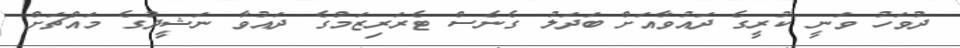
ދުވަހު ވަނީ ކުރީގެ ދައުވާއަށް ބަދަލު ގެނެސް ޓެރަރިޒަމްގެ ދައުވާ ނަޝީދުގެ މައްޗަށް